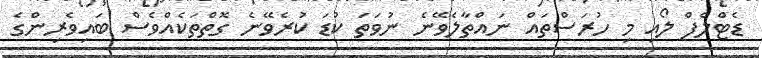
ޑެޓްލެފް ލޯއި މި ހުރަސްތައް ނައްތާލެވޭނެ ނުވަތަ ކުޑަ ކުރެވޭނެ ގޮތްތަކެއްވެސް ބައިވެރިންގެ